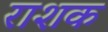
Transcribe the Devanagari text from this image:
राशक